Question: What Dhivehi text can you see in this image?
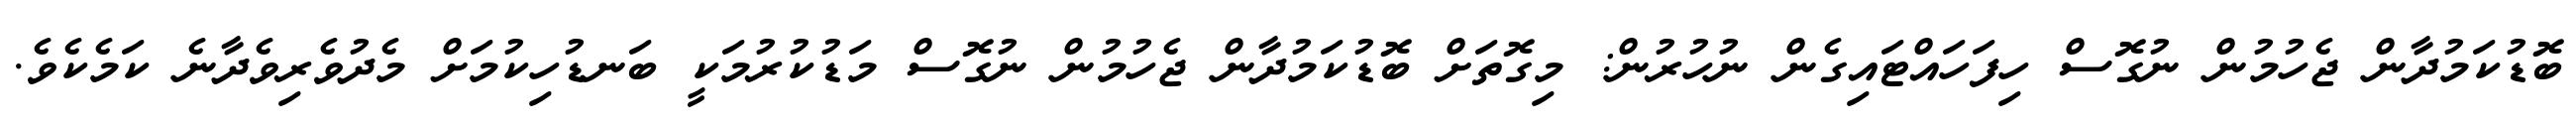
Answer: ބޮޑުކަމުދާން ޖެހުމުން ނުގޮސް ހިފަހައްޓައިގެން ނުހުރުން: މިގޮތަށް ބޮޑުކަމުދާން ޖެހުމުން ނުގޮސް މަޑުކުރުމަކީ ބަނޑުހިކުމަށް މެދުވެރިވެދާނެ ކަމެކެވެ.